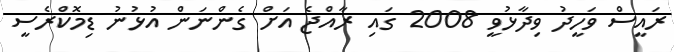
ރައީސް ވަހީދު ވިދާޅުވީ 2008 ގައި ރާއްޖެ އަށް ގެންނަން އުޅުނު ޑިމޮކްރެސީ